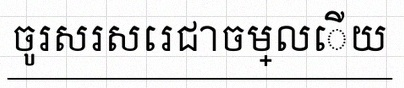
ចូរសរសេរជាចម្លើយ